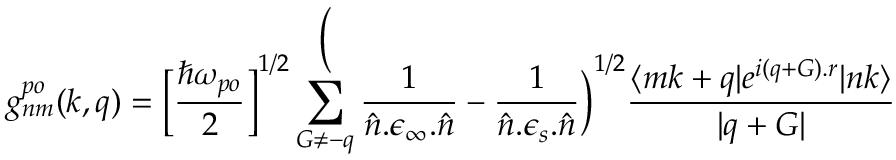
g _ { n m } ^ { p o } ( k , q ) = \bigg [ \frac { \hbar \omega _ { p o } } { 2 } \bigg ] ^ { 1 / 2 } \sum _ { G \neq - q } ^ \bigg ( \frac { 1 } { \hat { n } . \epsilon _ { \infty } . \hat { n } } - \frac { 1 } { \hat { n } . \epsilon _ { s } . \hat { n } } \bigg ) ^ { 1 / 2 } \frac { \langle m k + q | e ^ { i ( q + G ) . \boldsymbol { r } } | n k \rangle } { | q + G | }